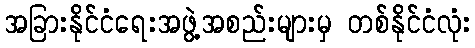
အခြားနိုင်ငံရေးအဖွဲ့အစည်းများမှ တစ်နိုင်ငံလုံး